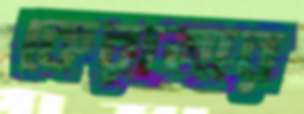
কেরালার